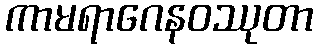
ကာမရာဂေနဝဿုတာ